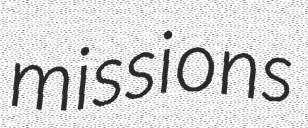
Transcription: missions